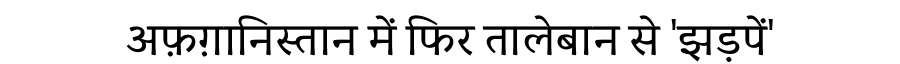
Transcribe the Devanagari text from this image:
अफ़ग़ानिस्तान में फिर तालेबान से 'झड़पें'